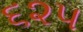
૬૨૫